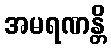
အမရဏန္တိ